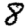
Digit: 8